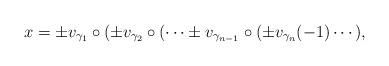
LaTeX: \begin{align*}x=\pm v_{\gamma_{1}}\circ(\pm v_{\gamma_2}\circ( \cdots \pm v_{\gamma_{n-1}}\circ (\pm v_{\gamma_n}(-1)\cdots),\end{align*}